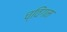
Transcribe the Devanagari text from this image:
च्विंगम